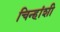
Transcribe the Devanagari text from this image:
चिन्हांशी